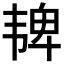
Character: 𫖓